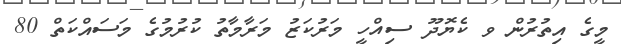
މީގެ އިތުރުން ވ ކެޔޮދޫ ސިއްހީ މަރުކަޒު މަރާމާތު ކުރުމުގެ މަސައްކަތް 80